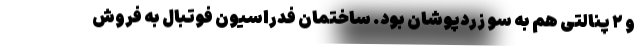
و ۲ پنالتی هم به سو زردپوشان بود. ساختمان فدراسیون فوتبال به فروش